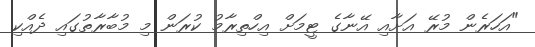
"އަހަރެން މުރޭ އަށާއި އޭނާގެ ޓީމަށް އިހްތިރާމު ކުރަން މި މުބާރާތުގައި ދެއްކި